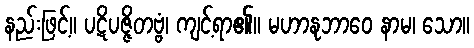
နည်းဖြင့်။ ပဋိပဇ္ဇိတဗ္ဗံ၊ ကျင့်ရာ၏။ မဟာနုဘာဝေ နာမ၊ သော။